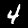
Digit: 4